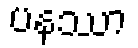
ပနဿာ